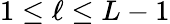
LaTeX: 1\leq\ell\leq L-1